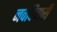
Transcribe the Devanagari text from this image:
नवविचारी